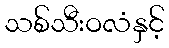
သစ်သီးဝလံနှင့်